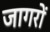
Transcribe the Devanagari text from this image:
जागरों